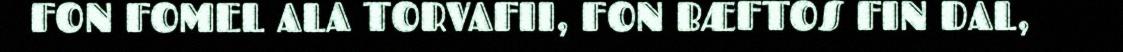
FON FOMEL ALA TORVAFII, FON BÆFTOS FIN DAL,